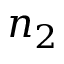
n _ { 2 }